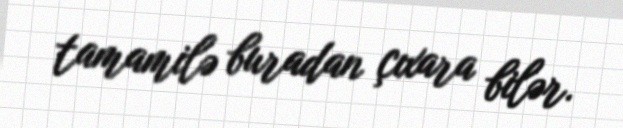
tamamilə buradan çıxara bilər.